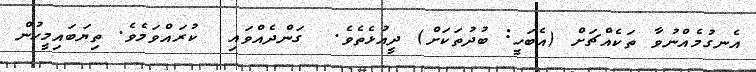
އެނގުމެއްނުވާ ތަކެއްޗަށް (އެބަހީ: ބުދުތަކަށް) ދީއުޅެތެވެ.  ގަންދެއްވައި  ކުރައްވަމެވެ. ތިޔަބައިމީހުން